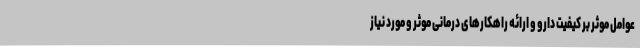
عوامل موثر بر کیفیت دارو و ارائه راهکارهای درمانی موثر و مورد نیاز